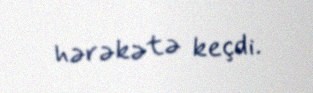
hərəkətə keçdi.